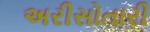
અરીસોતારી